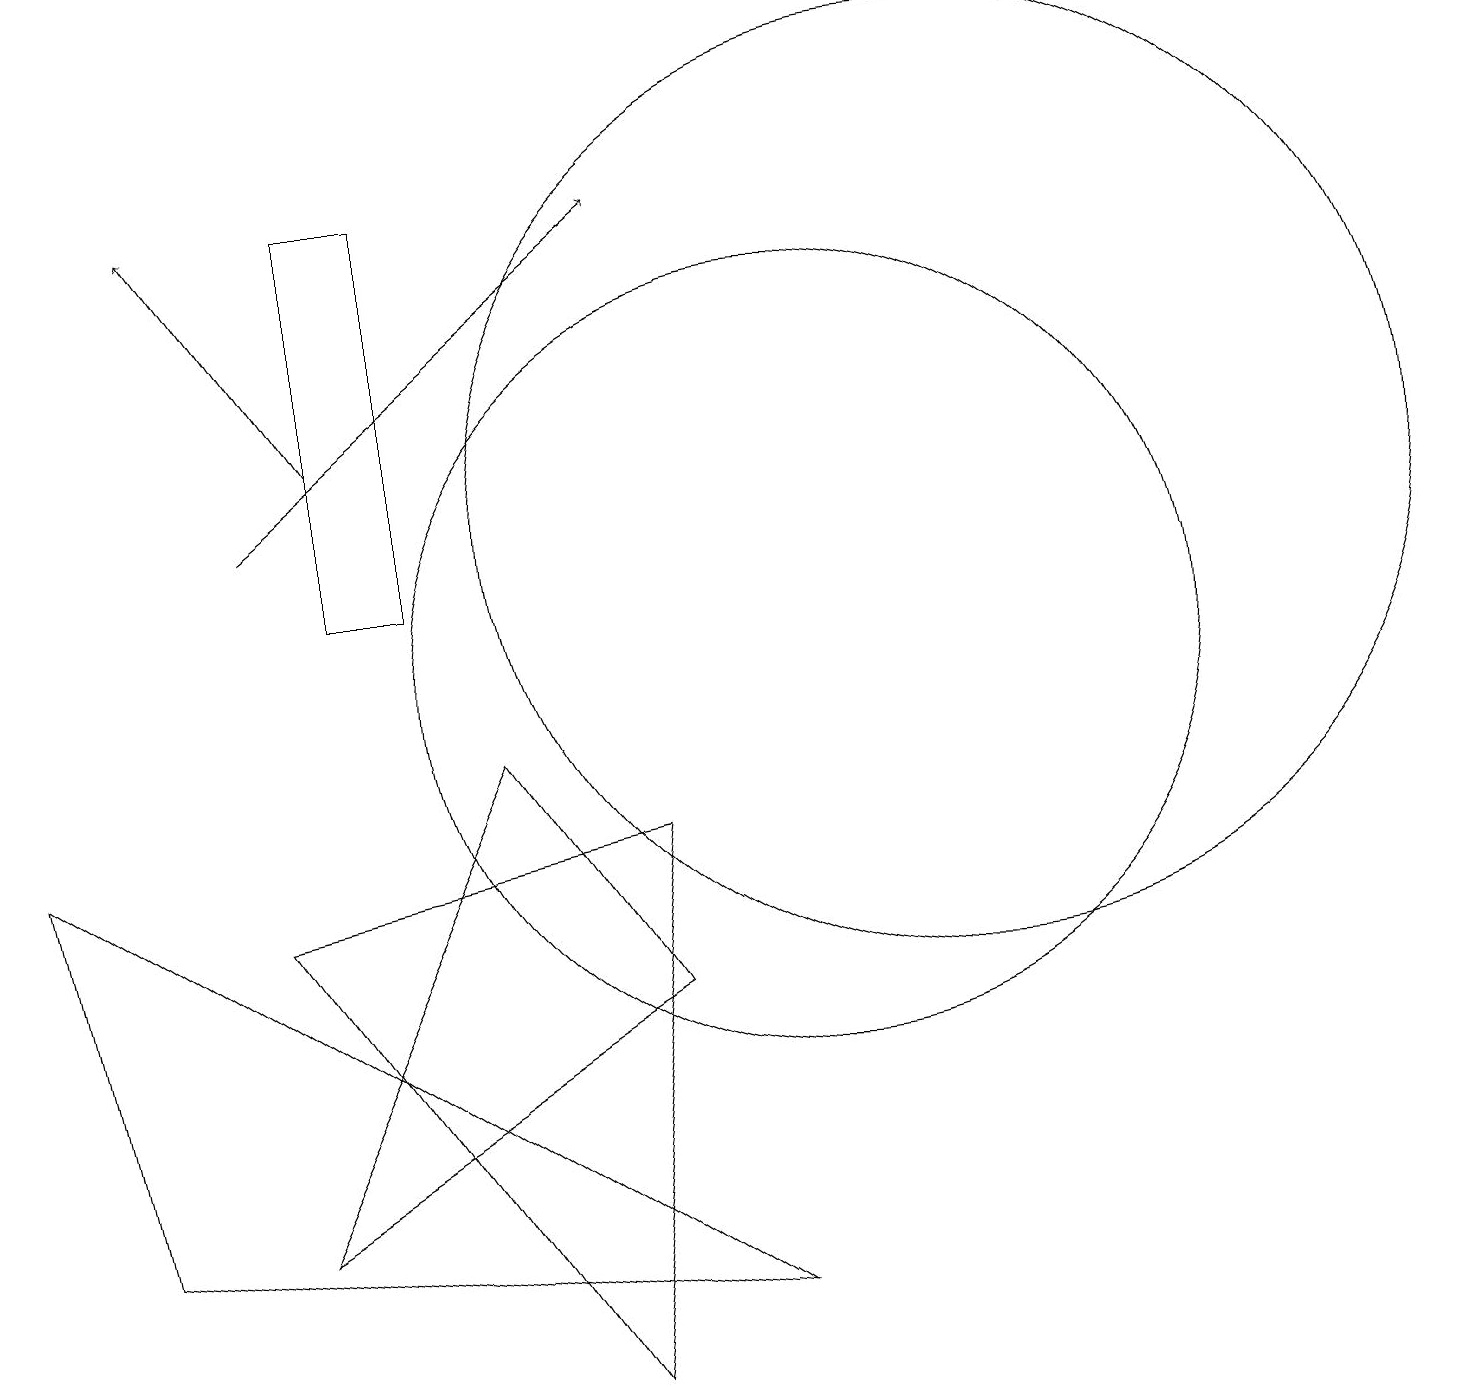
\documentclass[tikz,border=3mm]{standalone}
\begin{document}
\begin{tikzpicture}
\draw (12,12) circle (6);
\draw (4,11) rectangle (5,16);
\draw (7,1) -- (8,8) -- (3,7) -- cycle;
\draw (10,10) circle (5);
\draw (0,8) -- (1,3) -- (9,2) -- cycle;
\draw[->] (3,12) -- (8,16);
\draw (6,9) -- (8,6) -- (3,3) -- cycle;
\draw[->] (4,13) -- (2,16);
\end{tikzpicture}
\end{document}